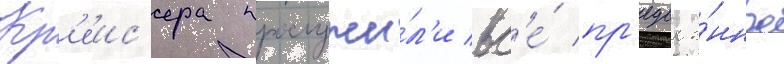
Кр'еис'ера прослужи́л'и вс'е́ пр'едвое́нное